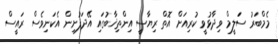
މެމްބަރު ސަަލީމް ވިދާޅުވީ ކުރިއަށް އޮތް ރިޔާސީ އިންތިޚާބުގައި އޭދަފުށިން އެކަނިވެސް ރައީސް